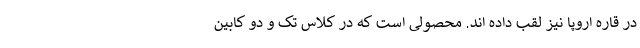
در قاره اروپا نیز لقب داده اند. محصولی است که در کلاس تک و دو کابین